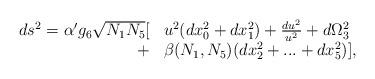
LaTeX: \begin{align*}\begin{array}{rl}ds^2= \alpha^\prime g_6 \sqrt{N_1N_5} [ & u^2 (dx_0^2+dx_1^2)+{du^2\over u^2}+d\Omega_3^2 \\ + &\beta(N_1,N_5)(dx_2^2+...+dx_5^2)],\end{array}\end{align*}